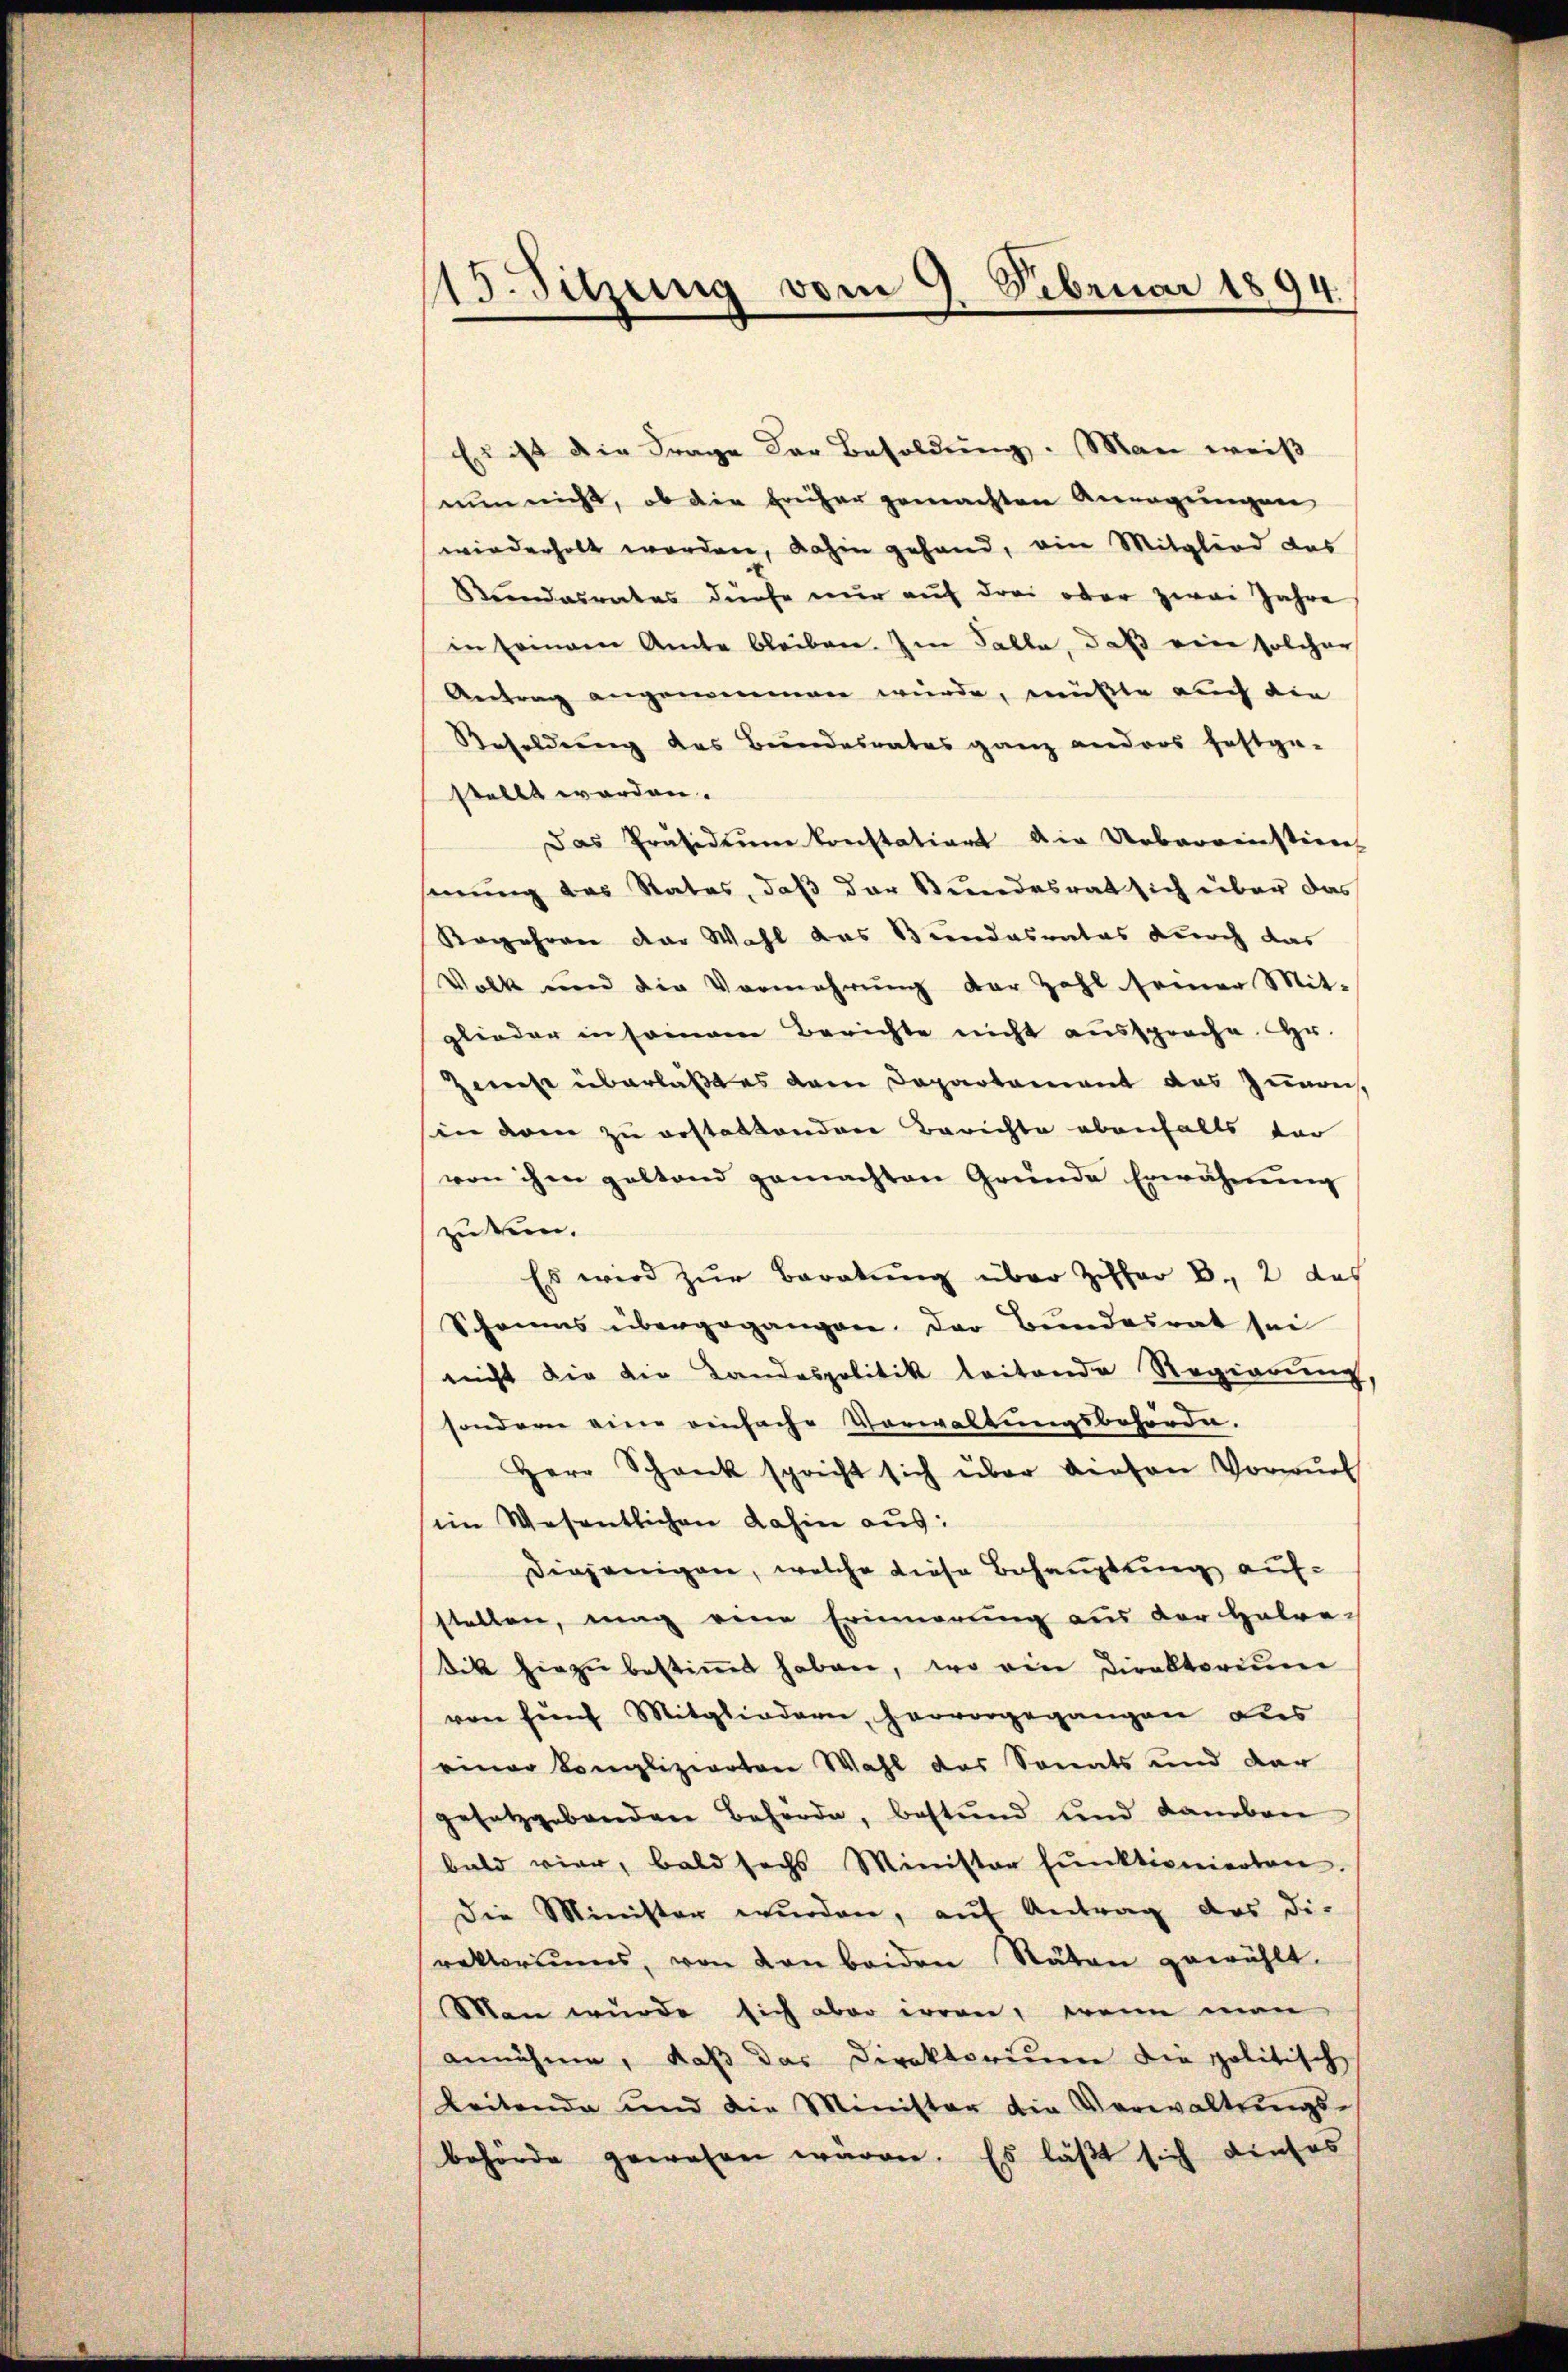
13. Sitzung vom 9. Februar 1894.

Es ist die Frage der Besoldŭng. Man weiß
nun nicht, ob die früher gemachten Anregungen
wiederholt worden, dahin gehand, ein Mitglied das
Stŭndesrates dürfe nŭr aŭf drei oder zwai Jahre
in seinem Amte bleiben. Im Falle, daß eine solcher
Antrag angenommen würde, müßte auch die
Resoldung des Bundesrates ganz anders festge-
stellt worden.
Das Präsidium konstation die Uebereinstiere
senung des Rates, daß der Bundesrat sich über das
Rogehren der Wahl das Bundesrates durch das
Volk und die Vermehrŭng der Zahl seiner Mit-
glieder in seinem Berichte nicht aussprache. Hr.
zwiese überlaßes dem Departement das Zunon
sin dem zu erstattenden Berichte ebenfalls dar
von ihm geltend gemachten Gründe Erwähnung
zuken.
Es wird zur Beratung über Ziffer B., 2 das
Schens übergegangen. Der Bundesrat sei
nicht die die Landespolitik leitende Regierung,
sondern eine einfache Vorwaltungsbehörde.
Herr Schank spricht sich über diesen Vorwurf
im Wesentlichen dahin aus:
Diejenigen, welche diese Behauptung aufstellen, mag eine Erinnerung aus der Habre-
sik hiezu bestimmt haben, wo ein Direktorium
von fünf Mitgliedern, hervorgegangen des
einer komplizierten Wahl das Sonats und dar
gesetzgebenden Behörde, bestund und daneben
bald vier, bald sechs Minister funktionierten.
Die Minister wurden, aŭf Antrag des die
rektoriums, von den beiden Stäten gewählt.
Man wurde sich aber irren, wenn man
annähme, daß das Direktorium die politische
beitende und die Minister die Verwaltŭngs-
behörde gewesen waren. Es läßt sich dieses